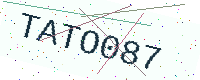
Text: TATO087